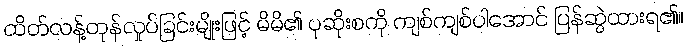
ထိတ်လန့်တုန်လှုပ်ခြင်းမျိုးဖြင့် မိမိ၏ ပုဆိုးစကို ကျစ်ကျစ်ပါအောင် ပြန်ဆွဲထားရ၏။